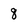
Character: 8